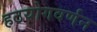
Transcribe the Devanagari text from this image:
हठयोगवर्णन